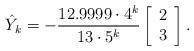
LaTeX: \begin{align*}\hat Y_k=-\frac{12.9999\cdot4^k}{13\cdot5^k}\left[\begin{array}{c}2\\3\end{array}\right].\end{align*}